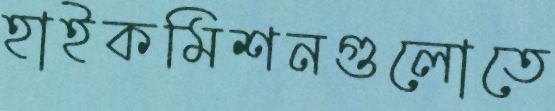
হাইকমিশনগুলোতে